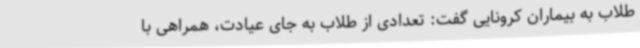
طلاب به بیماران کرونایی گفت: تعدادی از طلاب به جای عیادت، همراهی با